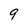
Character: 9